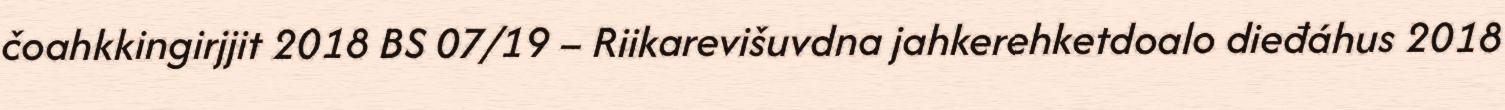
čoahkkingirjjit 2018 BS 07/19 – Riikarevišuvdna jahkerehketdoalo dieđáhus 2018